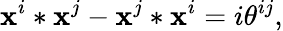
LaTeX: \mathbf{x}^{i}*\mathbf{x}^{j}-\mathbf{x}^{j}*\mathbf{x}^{i}=i\theta^{ij},